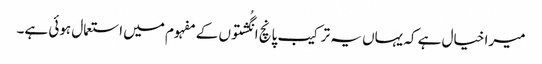
میرا خیال ہے کہ یہاں یہ ترکیب پانچ انگُشتوں کے مفہوم میں استعمال ہوئی ہے۔